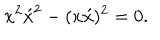
\dot { x } ^ { 2 } \acute { x } ^ { 2 } - ( \dot { x } \acute { x } ) ^ { 2 } = 0 .